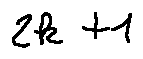
2 k + 1